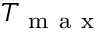
T _ { \mathrm { ~ m ~ a ~ x ~ } }